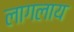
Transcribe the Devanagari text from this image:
लागलाय